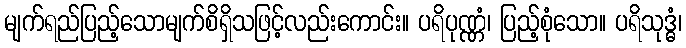
မျက်ရည်ပြည့်သောမျက်စိရှိသဖြင့်လည်းကောင်း။ ပရိပုဏ္ဏံ၊ ပြည့်စုံသော။ ပရိသုဒ္ဓံ၊